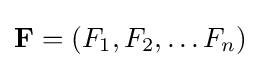
\mathbf {F} =(F_{1},F_{2},\ldots F_{n})